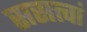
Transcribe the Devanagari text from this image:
ससत्त्वां